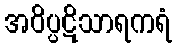
အဝိပ္ပဋိသာရကရံ